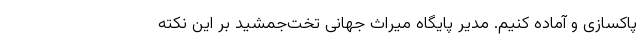
پاکسازی و آماده کنیم. مدیر پایگاه میراث جهانی تخت‌جمشید بر این نکته